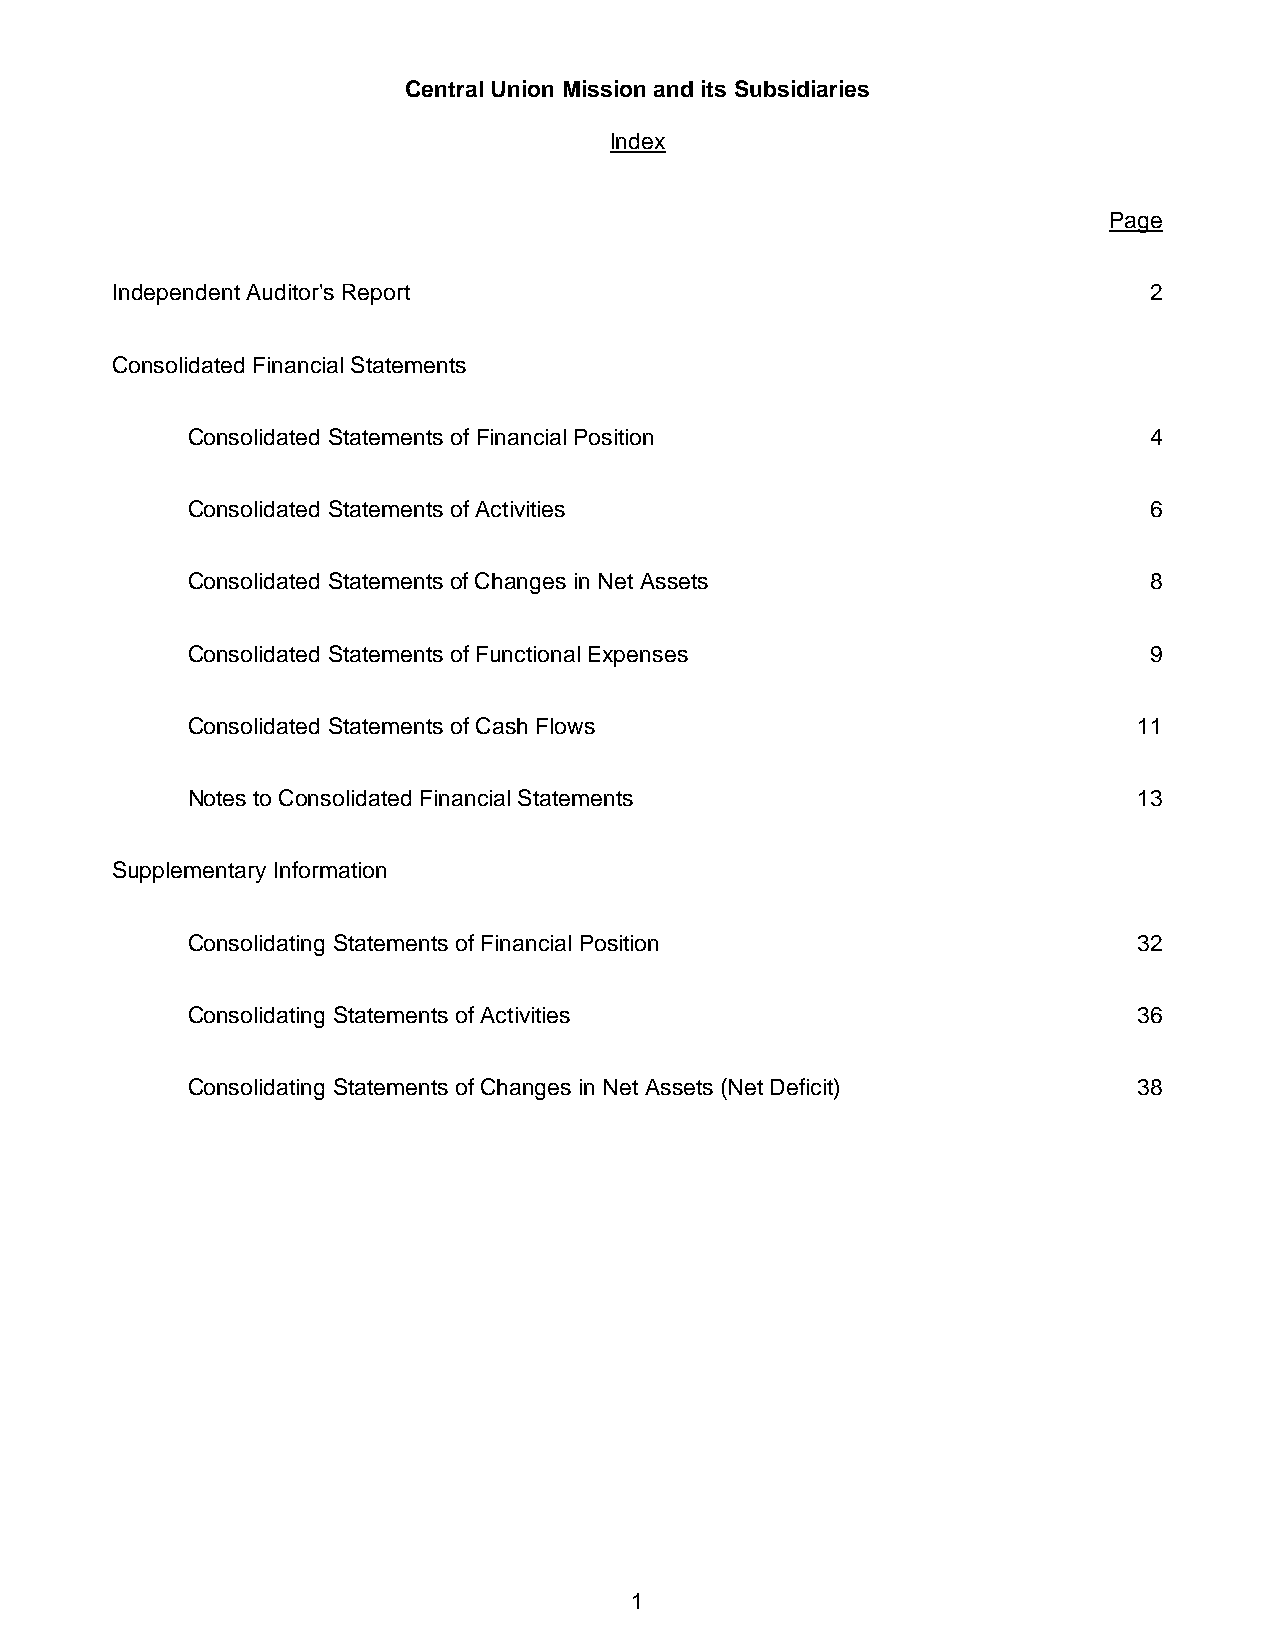
Central Union Mission and its Subsidiaries
 Index
 Page
 Independent Auditor's Report                                         2
 Consolidated Financial Statements
 Consolidated Statements of Financial Position                   4
 Consolidated Statements of Activities                           6
 Consolidated Statements of Changes in Net Assets                8
 Consolidated Statements of Functional Expenses                  9
 Consolidated Statements of Cash Flows                          11
 Notes to Consolidated Financial Statements                     13
 Supplementary Information
 Consolidating Statements of Financial Position                 32
 Consolidating Statements of Activities                         36
 Consolidating Statements of Changes in Net Assets (Net Deficit) 38
 1